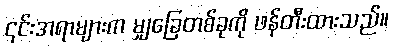
၎င်းအရာများက မျှခြေတစ်ခုကို ဖန်တီးထားသည်။